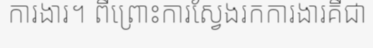
ការងារ។ ពីព្រោះការស្វែងរកការងារគឺជា